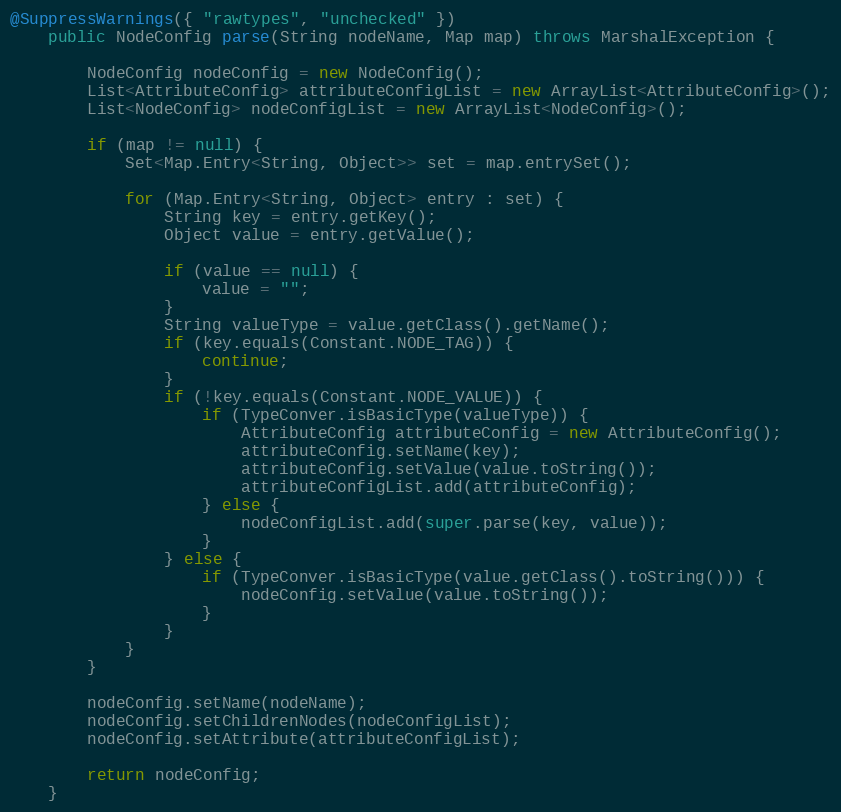
Language: Java
@SuppressWarnings({ "rawtypes", "unchecked" })
	public NodeConfig parse(String nodeName, Map map) throws MarshalException {

		NodeConfig nodeConfig = new NodeConfig();
		List<AttributeConfig> attributeConfigList = new ArrayList<AttributeConfig>();
		List<NodeConfig> nodeConfigList = new ArrayList<NodeConfig>();

		if (map != null) {
			Set<Map.Entry<String, Object>> set = map.entrySet();

			for (Map.Entry<String, Object> entry : set) {
				String key = entry.getKey();
				Object value = entry.getValue();

				if (value == null) {
					value = "";
				}
				String valueType = value.getClass().getName();
				if (key.equals(Constant.NODE_TAG)) {
					continue;
				}
				if (!key.equals(Constant.NODE_VALUE)) {
					if (TypeConver.isBasicType(valueType)) {
						AttributeConfig attributeConfig = new AttributeConfig();
						attributeConfig.setName(key);
						attributeConfig.setValue(value.toString());
						attributeConfigList.add(attributeConfig);
					} else {
						nodeConfigList.add(super.parse(key, value));
					}
				} else {
					if (TypeConver.isBasicType(value.getClass().toString())) {
						nodeConfig.setValue(value.toString());
					}
				}
			}
		}

		nodeConfig.setName(nodeName);
		nodeConfig.setChildrenNodes(nodeConfigList);
		nodeConfig.setAttribute(attributeConfigList);

		return nodeConfig;
	}